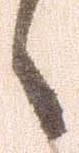
々